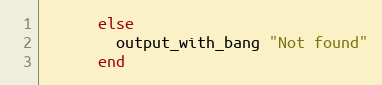
Language: Ruby
      else
        output_with_bang "Not found"
      end